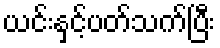
ယင်းနှင့်ပတ်သက်ပြီး